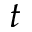
t